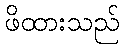
ဖိထားသည်